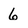
Character: 6